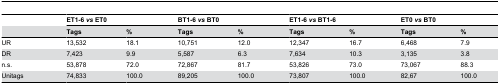
|  | <COLSPAN=2> ET1-6 vs ET0 | <COLSPAN=2> BT1-6 vs BT0 | <COLSPAN=2> ET1-6 vs BT1-6 | <COLSPAN=2> ET0 vs BT0 |
 |  | Tags | % | Tags | % | Tags | % | Tags | % |
 | --- | --- | --- | --- | --- | --- | --- | --- | --- |
 | UR | 13,532 | 18.1 | 10,751 | 12.0 | 12,347 | 16.7 | 6,468 | 7.9 |
 | DR | 7,423 | 9.9 | 5,587 | 6.3 | 7,634 | 10.3 | 3,135 | 3.8 |
 | n.s. | 53,878 | 72.0 | 72,867 | 81.7 | 53,826 | 73.0 | 73,067 | 88.3 |
 | Unitags | 74,833 | 100.0 | 89,205 | 100.0 | 73,807 | 100.0 | 82,67 | 100.0 |